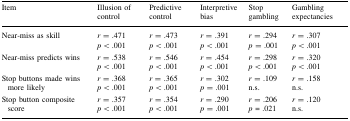
<table><thead><tr><td><b>Item</b></td><td><b>Illusion of control</b></td><td><b>Predictive control</b></td><td><b>Interpretive bias</b></td><td><b>Stop gambling</b></td><td><b>Gambling expectancies</b></td></tr></thead><tbody><tr><td>Near-miss as skill</td><td><i>r</i> = .471<i>p</i> &lt; .001</td><td><i>r</i> = .473<i>p</i> &lt; .001</td><td><i>r</i> = .391<i>p</i> &lt; .001</td><td><i>r</i> = .294<i>p</i> = .001</td><td><i>r</i> = .307<i>p</i> &lt; .001</td></tr><tr><td>Near-miss predicts wins</td><td><i>r</i> = .538<i>p</i> &lt; .001</td><td><i>r</i> = .546<i>p</i> &lt; .001</td><td><i>r</i> = .454<i>p</i> &lt; .001</td><td><i>r</i> = .298<i>p</i> &lt; .001</td><td><i>r</i> = .320<i>p</i> &lt; .001</td></tr><tr><td>Stop buttons made wins more likely</td><td><i>r</i> = .368<i>p</i> &lt; .001</td><td><i>r</i> = .365<i>p</i> &lt; .001</td><td><i>r</i> = .302<i>p</i> = .001</td><td><i>r</i> = .109n.s.</td><td><i>r</i> = .158n.s.</td></tr><tr><td>Stop button composite score</td><td><i>r</i> = .357<i>p</i> &lt; .001</td><td><i>r</i> = .354<i>p</i> &lt; .001</td><td><i>r</i> = .290<i>p</i> = .001</td><td><i>r</i> = .206<i>p</i> = .021</td><td><i>r</i> = .120n.s.</td></tr></tbody></table>